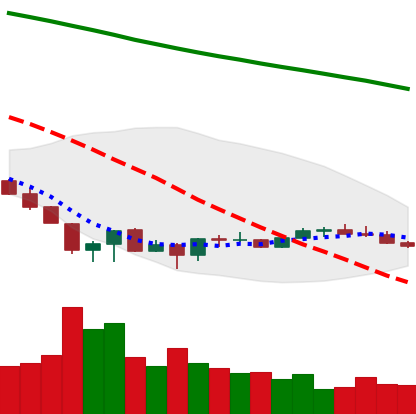
Ticker: EOS-USD
Chart end date: 2022-06-29
Forward return: 5.55%
Label: up_5_7